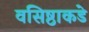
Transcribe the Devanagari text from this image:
वसिष्ठाकडे